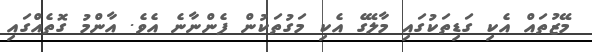
މޭޒުތައް އެކި ގަޑިތަކުގައި މާލޭގެ އެކި މަގުތަކުން ފެންނާނެ އެވެ. އާންމު ގޮތެއްގައި